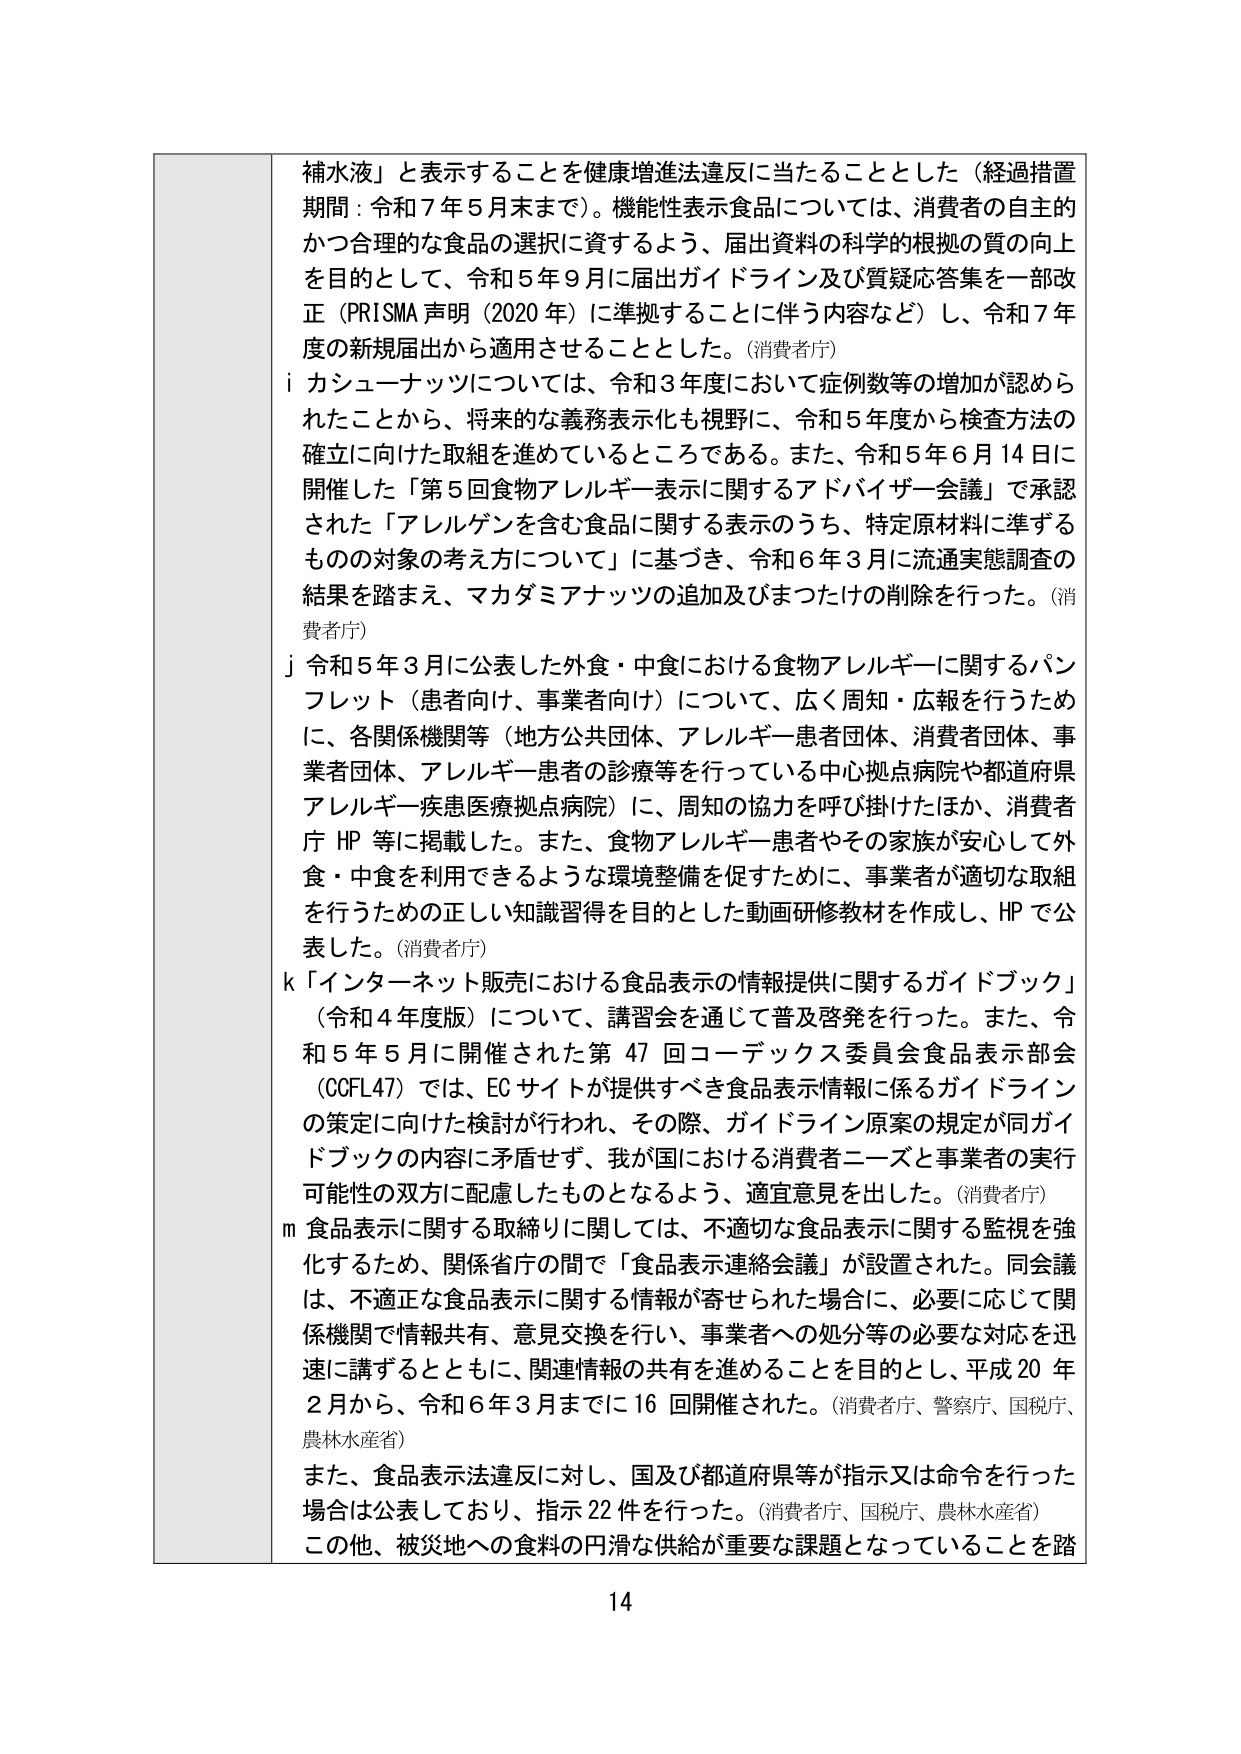
補水液」と表示することを健康増進法違反に当たることとした（経過措置期間：令和７年５月末まで）。機能性表示食品については、消費者の自主的かつ合理的な食品の選択に資するよう、届出資料の科学的根拠の質の向上を目的として、令和５年９月に届出ガイドライン及び質疑応答集を一部改正（PRISMA声明（2020年）に準拠することに伴う内容など）し、令和７年度の新規届出から適用させることとした。（消費者庁）

i カシューナッツについては、令和３年度において症例数等の増加が認められたことから、将来的な義務表示化も視野に、令和５年度から検査方法の確立に向けた取組を進めているところである。また、令和５年６月14日に開催した「第５回食物アレルギー表示に関するアドバイザー会議」で承認された「アレルゲンを含む食品に関する表示のうち、特定原材料に準ずるものへの対象の考え方について」に基づき、令和６年３月に流通実態調査の結果を踏まえ、マカダミアナッツの追加及びまつたけの削除を行った。（消費者庁）

j 令和５年３月に公表した外食・中食における食物アレルギーに関するパンフレット（患者向け、事業者向け）について、広く周知・広報を行うために、各関係機関等（地方公共団体、アレルギー患者団体、消費者団体、事業者団体、アレルギー患者の診療を行っている中心拠点病院や都道府県アレルギー疾患医療拠点病院）に、周知の協力を呼び掛けたほか、消費者庁 HP 等に掲載した。また、食物アレルギー患者やその家族が安心して外食・中食を利用できるような環境整備を促すために、事業者が適切な取組を行うための正しい知識習得を目的とした動画研修教材を作成し、HP で公表した。（消費者庁）

k 「インターネット販売における食品表示の情報提供に関するガイドブック」（令和４年度版）について、講習会を通じて普及啓発を行った。また、令和５年５月に開催された第47回コーデックス委員会食品表示部会（CCFL47）では、ECサイトが提供すべき食品表示情報に係るガイドラインの策定に向けた検討が行われ、その際、ガイドライン原案の規定が同ガイドブックの内容に矛盾せず、我が国における消費者ニーズと事業者の実行可能性の双方に配慮したものとなるよう、適宜意見を出した。（消費者庁）

m 食品表示に関する取締りに関しては、不適切な食品表示に関する監視を強化するため、関係省庁の間で「食品表示連絡会議」が設置された。同会議は、不適正な食品表示に関する情報が寄せられた場合に、必要に応じて関係機関で情報共有、意見交換を行い、事業者への処分等の必要な対応を迅速に講ずるとともに、関連情報の共有を進めることを目的とし、平成20年２月から、令和６年３月までに16回開催された。（消費者庁、警察庁、国税庁、農林水産省）

また、食品表示法違反に対し、国及び都道府県等が指示又は命令を行った場合は公表しており、指示22件を行った。（消費者庁、国税庁、農林水産省）

この他、被災地への食料の円滑な供給が重要な課題となっていることを踏

14